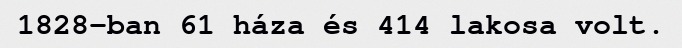
1828-ban 61 háza és 414 lakosa volt.